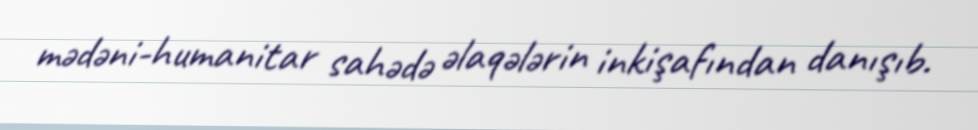
mədəni-humanitar sahədə əlaqələrin inkişafından danışıb.